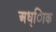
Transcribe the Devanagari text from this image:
अध्ािक